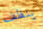
ينظف